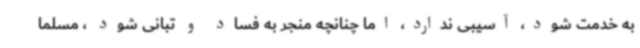
به خدمت شود، آسیبی ندارد، اما چنانچه منجر به فساد و تبانی شود ، مسلما